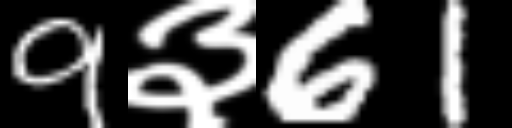
Text: 9३61